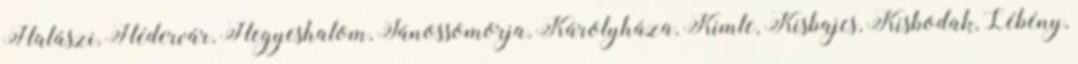
Halászi, Hédervár, Hegyeshalom, Jánossomorja, Károlyháza, Kimle, Kisbajcs, Kisbodak, Lébény,